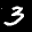
Label: 3